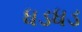
ધડધડ